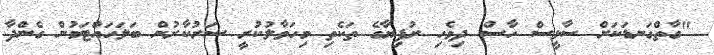
"ގާތްގަނޑަކަށް ސާޅީސް ހާސް ދިވެހި ރުފިޔާގެ ތަކެތި މިހަވާލުކުރީ ސަރުކާރުން ބަލަހައްޓަމުން ގެންދާ